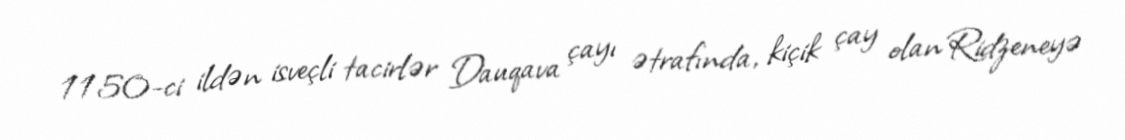
1150-ci ildən isveçli tacirlər Dauqava çayı ətrafında, kiçik çay olan Ridzeneyə